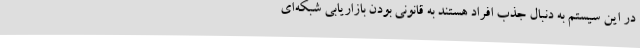
در این سیستم به دنبال جذب افراد هستند به قانونی بودن بازاریابی شبکه‌ای